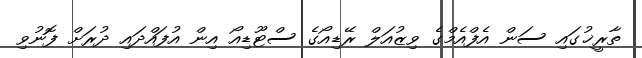
ތާރީޚުގައި ސަން އެފްއެމްގެ ވިޒުއަލް ރޭޑިއޯގެ ސްޓޫޑިއޯ އިން އުފައްދައި ދުރަށް ފޮނުވި